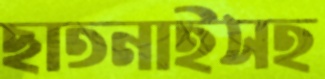
ছাতনাইসহ